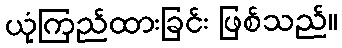
ယုံကြည်ထားခြင်း ဖြစ်သည်။